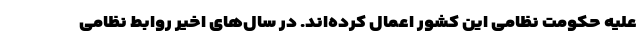
علیه حکومت نظامی این کشور اعمال کرده‌اند. در سال‌های اخیر روابط نظامی